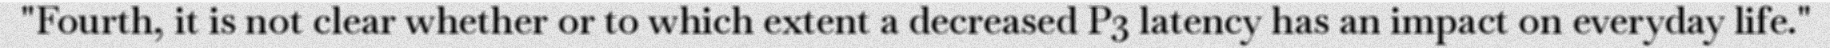
"Fourth, it is not clear whether or to which extent a decreased P3 latency has an impact on everyday life."